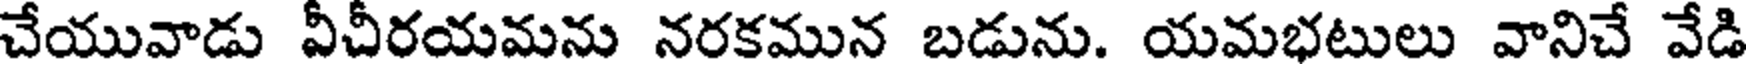
చేయువాడు వీచీరయమను నరకమున బడును. యమభటులు వానిచే వేడి